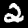
Digit: 2